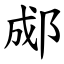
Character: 郕